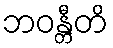
ဘဝန္တီတိ